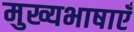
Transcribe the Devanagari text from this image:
मुख्यभाषाएँ